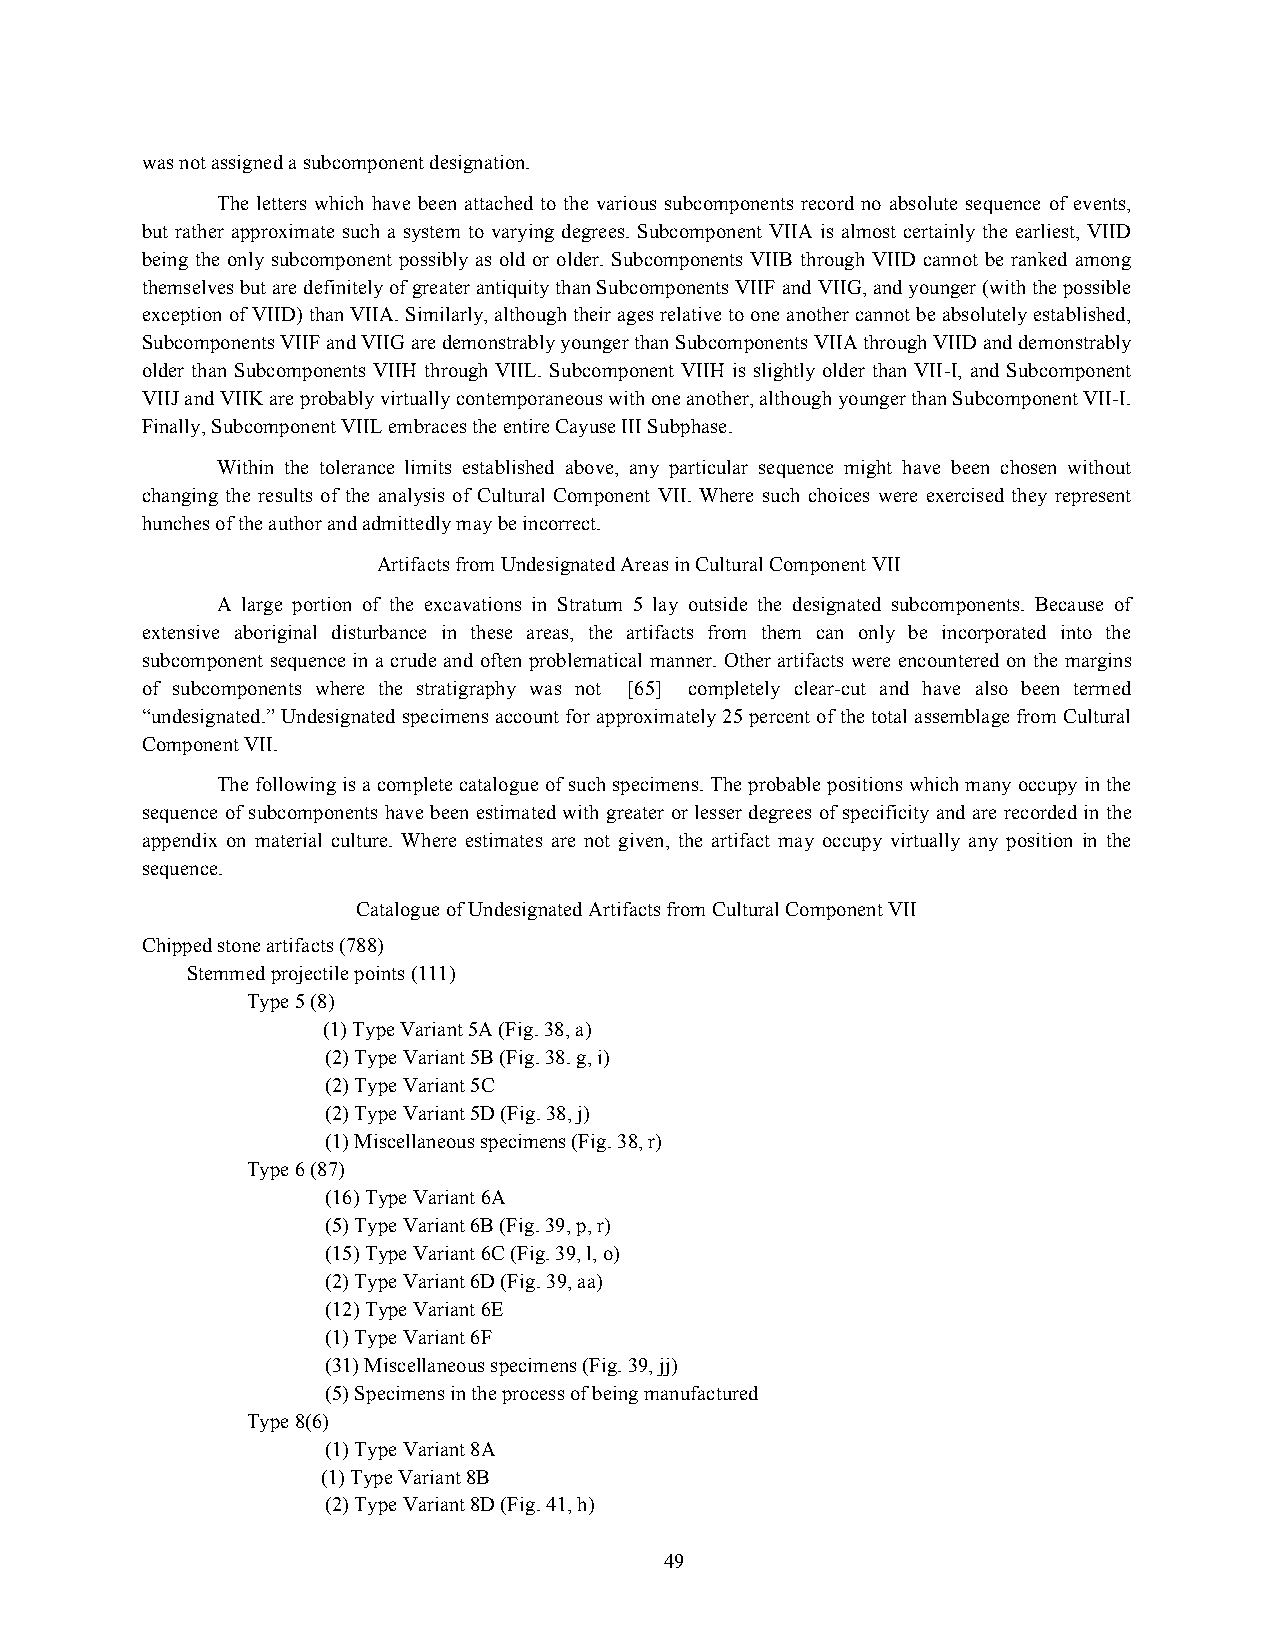
was not assigned a subcomponent designation.
 The letters which have been attached to the various subcomponents record no absolute sequence of events,
 but rather approximate such a system to varying degrees. Subcomponent VIIA is almost certainly the earliest, VIID
 being the only subcomponent possibly as old or older. Subcomponents VIIB through VIID cannot be ranked among
 themselves but are definitely of greater antiquity than Subcomponents VIIF and VIIG, and younger (with the possible
 exception of VIID) than VIIA. Similarly, although their ages relative to one another cannot be absolutely established,
 Subcomponents VIIF and VIIG are demonstrably younger than Subcomponents VIIA through VIID and demonstrably
 older than Subcomponents VIIH through VIIL. Subcomponent VIIH is slightly older than VII-I, and Subcomponent
 VIIJ and VIIK are probably virtually contemporaneous with one another, although younger than Subcomponent VII-I.
 Finally, Subcomponent VIIL embraces the entire Cayuse III Subphase.
 Within the tolerance limits established above, any particular sequence might have been chosen without
 changing the results of the analysis of Cultural Component VII. Where such choices were exercised they represent
 hunches of the author and admittedly may be incorrect.
 Artifacts from Undesignated Areas in Cultural Component VII
 A large portion of the excavations in Stratum 5 lay outside the designated subcomponents. Because of
 extensive aboriginal disturbance in these areas, the artifacts from them can only be incorporated into the
 subcomponent sequence in a crude and often problematical manner. Other artifacts were encountered on the margins
 of subcomponents where the stratigraphy was not [65] completely clear-cut and have also been termed
 “undesignated.” Undesignated specimens account for approximately 25 percent of the total assemblage from Cultural
 Component VII.
 The following is a complete catalogue of such specimens. The probable positions which many occupy in the
 sequence of subcomponents have been estimated with greater or lesser degrees of specificity and are recorded in the
 appendix on material culture. Where estimates are not given, the artifact may occupy virtually any position in the
 sequence.
 Catalogue of Undesignated Artifacts from Cultural Component VII
 Chipped stone artifacts (788)
 Stemmed projectile points (111)
 Type 5 (8)
 (1) Type Variant 5A (Fig. 38, a)
 (2) Type Variant 5B (Fig. 38. g, i)
 (2) Type Variant 5C
 (2) Type Variant 5D (Fig. 38, j)
 (1) Miscellaneous specimens (Fig. 38, r)
 Type 6 (87)
 (16) Type Variant 6A
 (5) Type Variant 6B (Fig. 39, p, r)
 (15) Type Variant 6C (Fig. 39, l, o)
 (2) Type Variant 6D (Fig. 39, aa)
 (12) Type Variant 6E
 (1) Type Variant 6F
 (31) Miscellaneous specimens (Fig. 39, jj)
 (5) Specimens in the process of being manufactured
 Type 8(6)
 (1) Type Variant 8A
 (1) Type Variant 8B
 (2) Type Variant 8D (Fig. 41, h)
 49